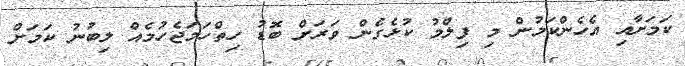
ކަމަށާއި އެހެންކަމުން މި ފިލްމު ކުޅެގެން ވަރަށް ބޮޑު ހިތްހަމަޖެހުމެއް ލިބުނު ކަމަށް